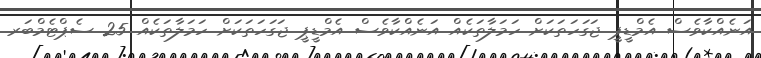
އަނެއްކާވެސް އެމްޑީޕީ ޖަގަހަތަކަށް ހަމަލާތަކެއް އަނެއްކާވެސް އެމްޑީޕީ ޖަގަހަތަކަށް ހަމަލާތަކެއް 25 ސެޕްޓެމްބަރ